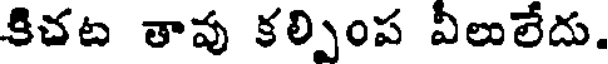
కిచట తావు కల్పింప వీలులేదు.